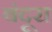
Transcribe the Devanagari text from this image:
बंदूरा